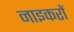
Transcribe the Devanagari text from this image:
नाइकरों